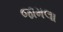
જામલા